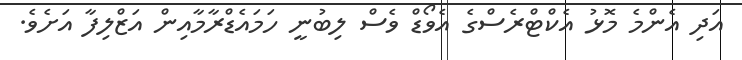
އަދި އެންމެ މޮޅު އެކްޓްރެސްގެ އެވޯޑް ވެސް ލިބުނީ ހަމައެޑްރާމާއިން އަޒްލިފާ އަށެވެ.